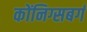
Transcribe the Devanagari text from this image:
कोंनिग्सबर्ग